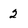
Character: 2